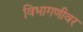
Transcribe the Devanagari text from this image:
विभागणीवर